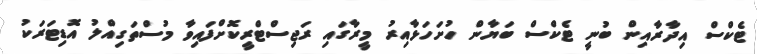
ޓެކްސް އިދާރާއިން ބުނީ ޓެކްސް ބަޔާން ހުށަހަޅާއިރު މީރާގައި ރަޖިސްޓްރީކޮށްފައިވާ މުސްތަގިއްލު އޮޑިޓަރަކު